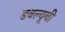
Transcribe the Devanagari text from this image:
डबल्यूबी